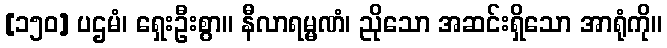
[၁၅၀] ပဌမံ၊ ရှေးဦးစွာ။ နီလာရမ္မဏံ၊ ညိုသော အဆင်းရှိသော အာရုံကို။